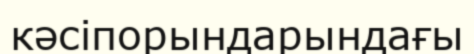
кәсіпорындарындағы